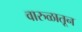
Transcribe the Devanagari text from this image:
वारुळातून